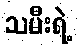
သမီးရဲ့